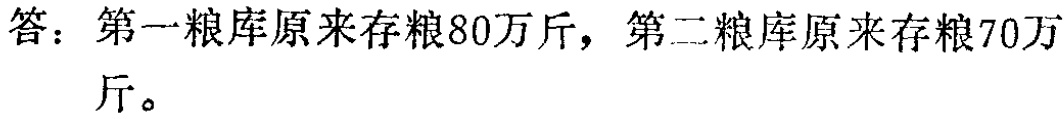
答：第一粮库原来存粮80万斤，第二粮库原来存粮70万斤。